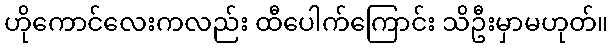
ဟိုကောင်လေးကလည်း ထီပေါက်ကြောင်း သိဦးမှာမဟုတ်။